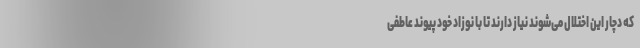
که دچار این اختلال می‌شوند نیاز دارند تا با نوزاد خود پیوند عاطفی